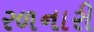
રળનારી